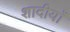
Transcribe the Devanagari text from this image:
शादीयाॅं